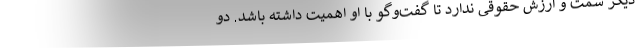
دیگر سمت و ارزش حقوقی ندارد تا گفت‌و‌گو با او اهمیت داشته باشد. دو